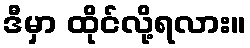
ဒီမှာ ထိုင်လို့ရလား။